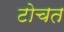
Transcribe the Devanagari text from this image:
टोचत